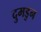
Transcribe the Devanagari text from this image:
दुमडुन